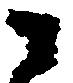
ニ